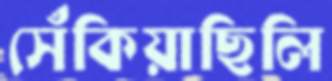
সেঁকিয়াছিলি